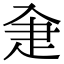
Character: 𤴘